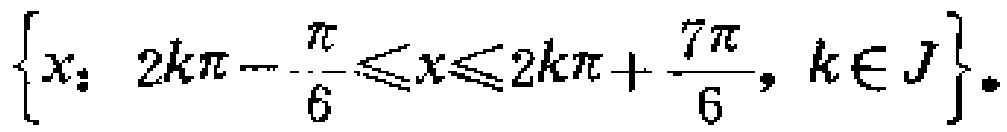
\(\{x: 2k\pi - \frac{\pi}{6} \leq x \leq 2k\pi + \frac{7\pi}{6}, k\in J\}\)